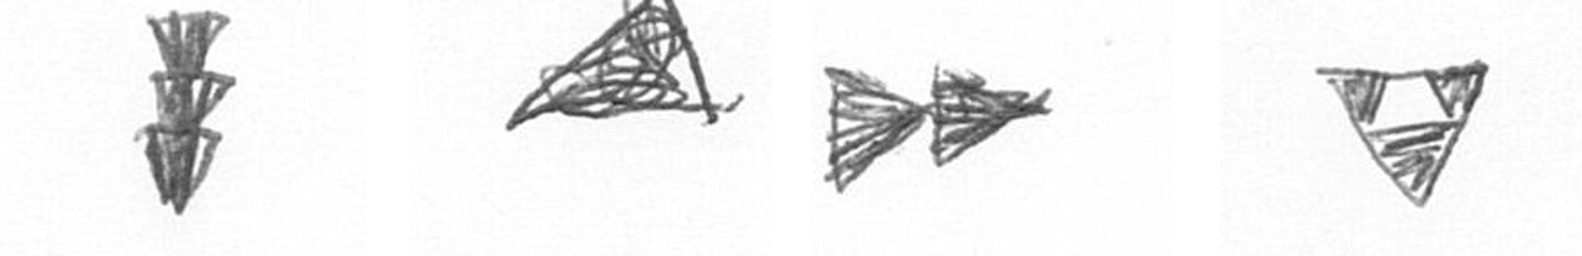
E O A S